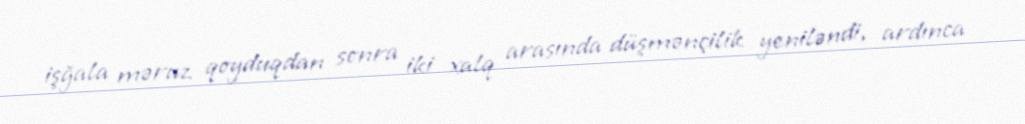
işğala məruz qoyduqdan sonra iki xalq arasında düşmənçilik yeniləndi, ardınca